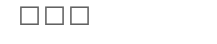
١٦٢